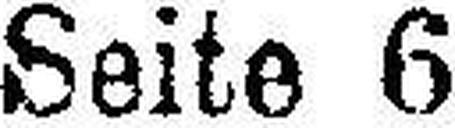
Seite 6